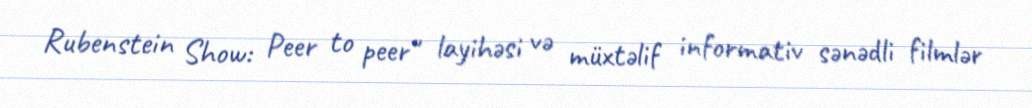
Rubenstein Show: Peer to peer" layihəsi və müxtəlif informativ sənədli filmlər